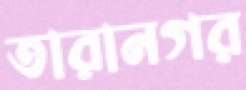
তারানগর